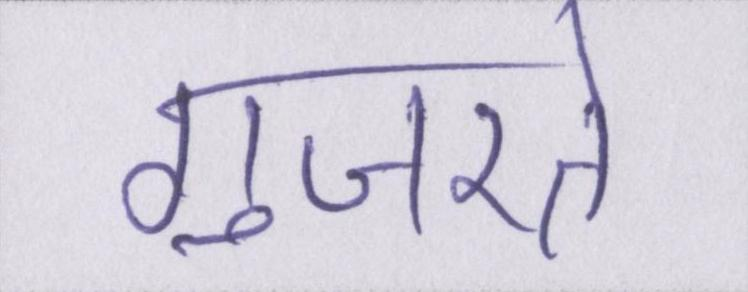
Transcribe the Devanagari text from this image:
गुजरते